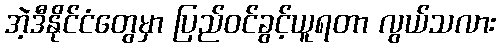
အဲ့ဒီနိုင်ငံတွေမှာ ပြည်ဝင်ခွင့်ယူရတာ လွယ်သလား